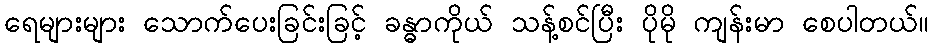
ရေများများ သောက်ပေးခြင်းခြင့် ခန္ဓာကိုယ် သန့်စင်ပြီး ပိုမို ကျန်းမာ စေပါတယ်။